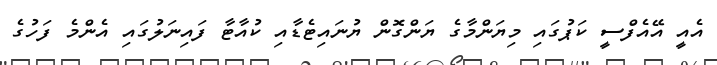
އެއީ އޭއެފްސީ ކަޕުގައި މިޔަންމާގެ ޔަންގޮން ޔުނައިޓެޑާއި ކުއާޓާ ފައިނަލުގައި އެންމެ ފަހުގެ